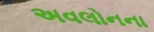
અવલોનના